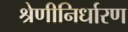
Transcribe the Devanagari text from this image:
श्रेणीनिर्धारण